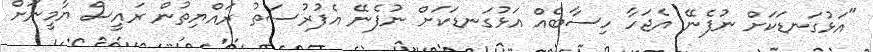
"އަޅުގަނޑަކަށް ނުފެނޭ އެޖަހާ ހިސާބެއް އަޅުގަނޑަކަށް ނުފެނޭ އެފުރުސަތު ރައްޔިތުން ރައީސް ޔާމީނަށް